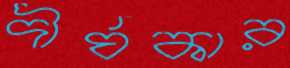
দীর্ঘকার